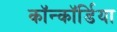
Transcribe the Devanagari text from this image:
कॉन्कॉर्डिया